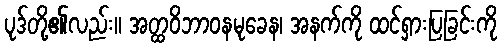
ပုဒ်တို့၏လည်း။ အတ္ထဝိဘာဝနမုခေန၊ အနက်ကို ထင်ရှားပြခြင်းကို